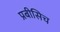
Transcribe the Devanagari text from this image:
प्रबीसिच